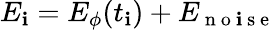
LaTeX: E_{\mathbf{i}}=E_{\phi}(t_{\mathbf{i}})+E_{\mathrm{{~n~o~\mathbf{i}~s~e~}}}